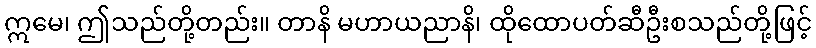
ဣမေ၊ ဤသည်တို့တည်း။ တာနိ မဟာယညာနိ၊ ထိုထောပတ်ဆီဦးစသည်တို့ဖြင့်